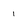
Character: 1